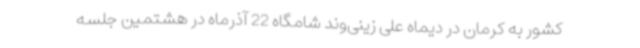
کشور به کرمان در دیماه علی زینی‌وند شامگاه 22 آذرماه در هشتمین جلسه